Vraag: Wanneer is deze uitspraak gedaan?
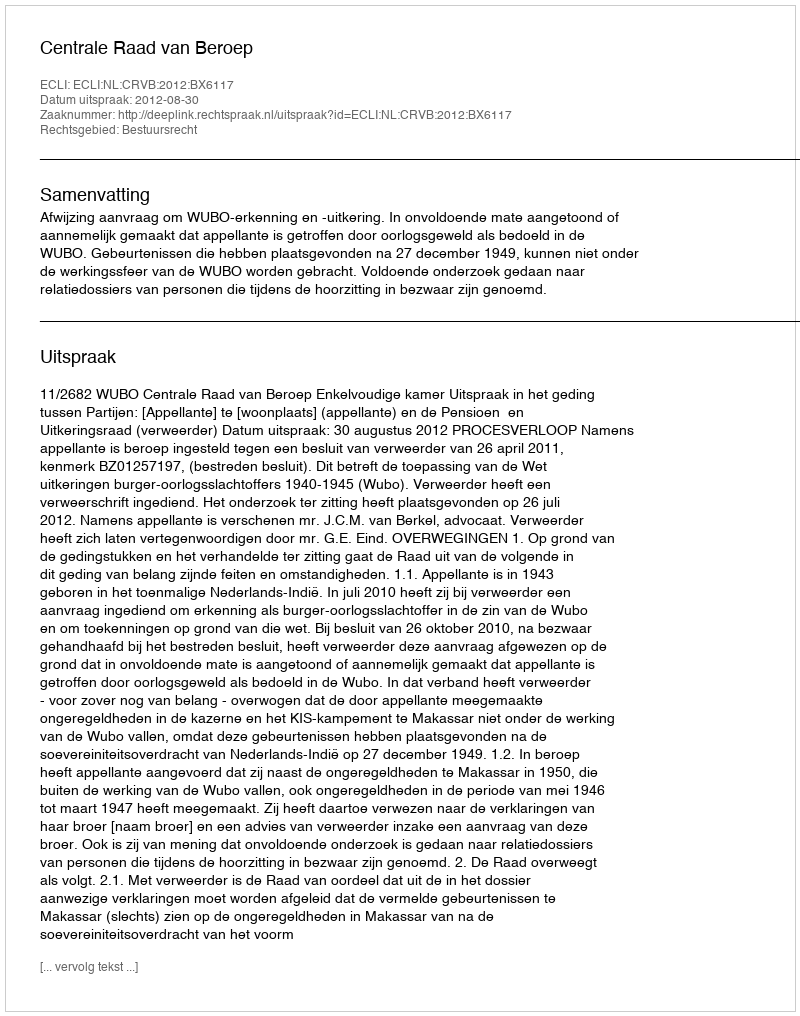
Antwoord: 2012-08-30